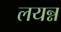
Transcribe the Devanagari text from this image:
लयन्न